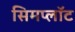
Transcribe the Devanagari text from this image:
सिमप्लॉट